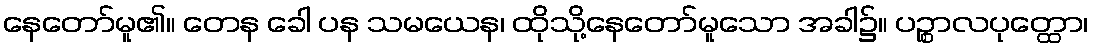
နေတော်မူ၏။ တေန ခေါ ပန သမယေန၊ ထိုသို့နေတော်မူသော အခါ၌။ ပဉ္စာလပုတ္ထော၊